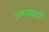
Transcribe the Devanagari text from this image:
अपादर्शी